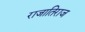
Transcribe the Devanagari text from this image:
राजातिराज